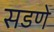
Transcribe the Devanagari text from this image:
सडणे